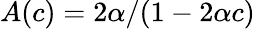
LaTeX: A(c)=2\alpha/(1-2\alpha c)